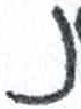
אות: נ